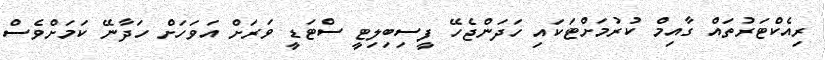
ރިއެކްޓަރުތައް ގާއިމް ކުރުމަށްޓަކައި ހަދަންޖެހޭ ފީސިބިލިޓީ ސްޓަޑީ ވަރަށް އަވަހަށް ހަދާނޭ ކަމަށްވެސް